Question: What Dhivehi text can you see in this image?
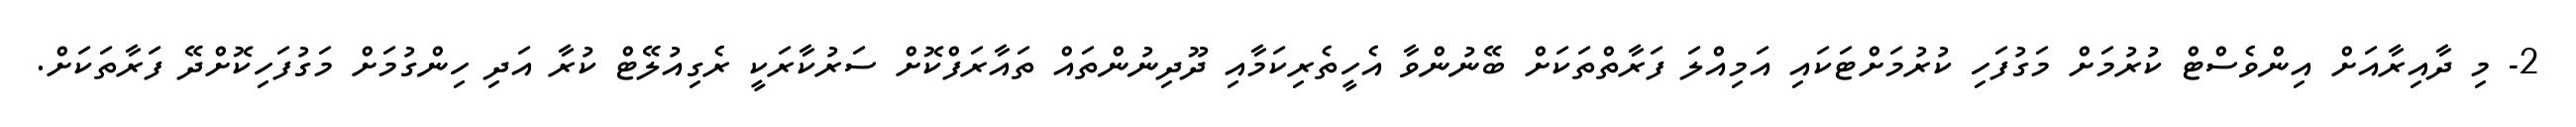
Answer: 2- މި ދާއިރާއަށް އިންވެސްޓް ކުރުމަށް މަގުފަހި ކުރުމަށްޓަކައި އަމިއްލަ ފަރާތްތަކަށް ބޭނުންވާ އެހީތެރިކަމާއި ދޫދިނުންތައް ތައާރަފްކޮށް ސަރުކާރަކީ ރެގިއުލޭޓް ކުރާ އަދި ހިންގުމަށް މަގުފަހިކޮށްދޭ ފަރާތަކަށް.